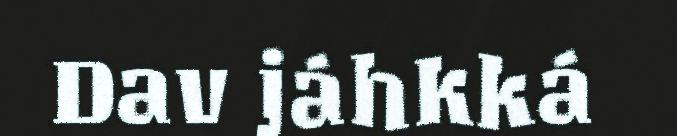
Dav jáhkká